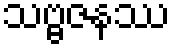
သဗ္ဗဇနဿ